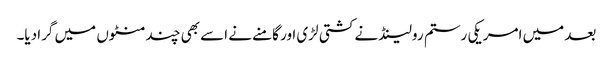
بعد میں امریکی رستم رولینڈ نے کشتی لڑی اور گامنے نے اسے بھی چند منٹوں میں گرا دیا۔